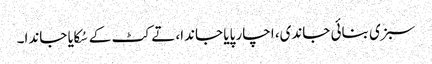
سبزی بنائی جاندی، اچار پایا جاندا، تے کٹ کے سُکایا جاندا۔